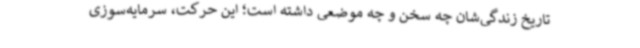
تاریخ زندگی‌شان چه سخن و چه موضعی داشته است؛ این حرکت، سرمایه‌سوزی